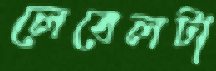
লেবেলটা